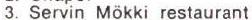
3. Servin Mökki restaurant